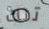
تلك